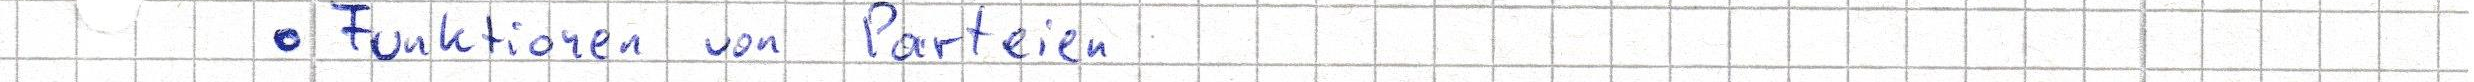
- Funktionen von Parteien